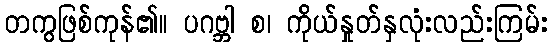
တကွဖြစ်ကုန်၏။ ပဂဗ္ဘါ စ၊ ကိုယ်နှုတ်နှလုံးလည်းကြမ်း